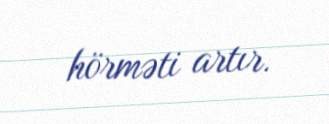
hörməti artır.